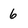
Character: 6